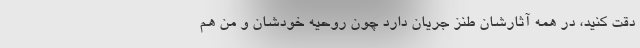
دقت کنید، در همه آثارشان طنز جریان دارد چون روحیه خودشان و من هم